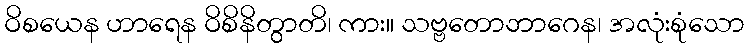
ဝိစယေန ဟာရေန ဝိစိနိတွာတိ၊ ကား။ သဗ္ဗတောဘာဂေန၊ အလုံးစုံသော